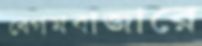
বেগমবাজারে